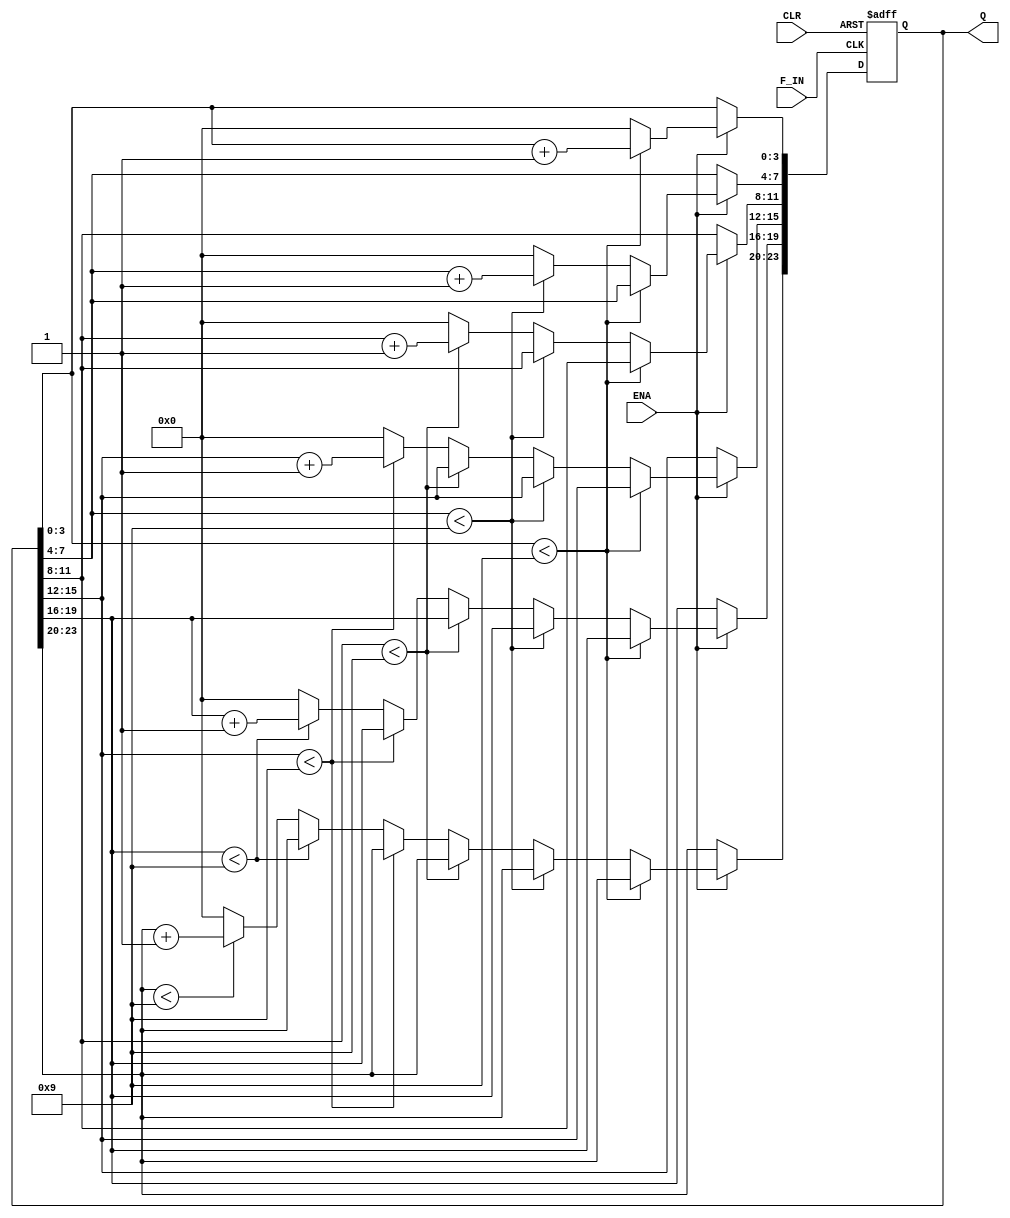
module counter6bit_test(ENA,CLR,F_IN,Q);
    input ENA;
    input CLR;
    input F_IN;
    output [23:0] Q;  
    
   
    reg [23:0] Q;
    reg F_OUT;
    


		

always@(posedge F_IN or posedge CLR)
begin
    if(CLR) Q<=24'b0000_0000_0000_0000_0000_xxxx;
    else if(!ENA) Q[3:0]<=Q[3:0];
        else  if (Q[3:0] < 4'b1001)       
                Q[3:0] <= Q[3:0] +4'b0001;
            else begin
                Q[3:0] <= 4'b0000;
                if  (Q[7:4] < 4'b1001)
                    Q[7:4] <= Q[7:4] + 4'b0001;
                else
                begin
                  Q[7:4] <= 4'b0000;
                  if  (Q[11:8] < 4'b1001)
                    Q[11:8] <= Q[11:8] + 4'b0001;
                  else
                  begin
                    Q[11:8] <= 4'b0000;
                    if  (Q[15:12] < 4'b1001)
                    Q[15:12] <= Q[15:12] + 4'b0001;
                  else
                  begin
                  Q[15:12] <= 4'b0000;
                  if  (Q[19:16] < 4'b1001)
                    Q[19:16] <= Q[19:16] + 4'b0001;
                  else
                  begin
                  Q[19:16] <= 4'b0000;
                  if (Q[23:20] < 4'b1001)
                    Q[23:20] <= Q[23:20] + 4'b0001;
                  else
                      Q[23:20] <= 4'b0000;
                  end
              end
          end
          end
          end
          end



		


  
  endmodule